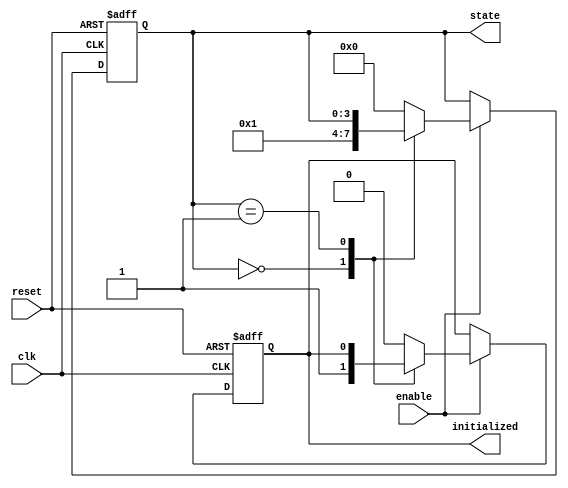
module ClockCycleInitialization (
    input wire clk,          // Clock signal
    input wire reset,        // Reset signal (active high)
    input wire enable,       // Enable signal
    output reg initialized,   // Initialization completion signal
    output reg [3:0] state   // Current state (4-bit state representation)
);

    // Define state values
    localparam STATE_INIT      = 4'b0000;
    localparam STATE_READY     = 4'b0001;
    // Additional states can be defined as needed

    // State transition logic
    always @(posedge clk or posedge reset) begin
        if (reset) begin
            // On reset, initialize state and output
            initialized <= 1'b0;      // Reset initialized signal
            state <= STATE_INIT;      // Set state to initial value
        end else if (enable) begin
            // On clock edge, if enabled, update state
            case (state)
                STATE_INIT: begin
                    // Transition from initial state
                    initialized <= 1'b1; // Set initialized to true
                    state <= STATE_READY; // Move to ready state
                end
                STATE_READY: begin
                    // Additional logic for other states can be added here
                    // Example: state <= NEXT_STATE;
                    // Here you could implement further state transitions
                end
                default: begin
                    // Default case to handle unexpected states
                    initialized <= 1'b0; // Reset initialized signal
                    state <= STATE_INIT; // Move back to initial state
                end
            endcase
        end else begin
            // If not enabled, hold current state
            // No changes are made to state and initialized
        end
    end

endmodule